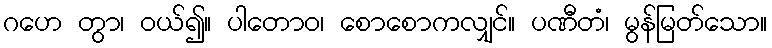
ဂဟေ တွာ၊ ဝယ်၍။ ပါတောဝ၊ စောစောကလျှင်။ ပဏီတံ၊ မွန်မြတ်သော။